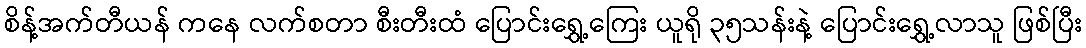
စိန့်အက်တီယန် ကနေ လက်စတာ စီးတီးထံ ပြောင်းရွှေ့ကြေး ယူရို ၃၅သန်းနဲ့ ပြောင်းရွှေ့လာသူ ဖြစ်ပြီး